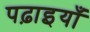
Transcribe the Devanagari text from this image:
पढ़ाइयाँ